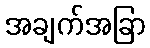
အချက်အခြာ